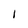
Character: l